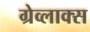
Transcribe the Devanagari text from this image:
ग्रेव्लाक्स